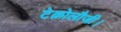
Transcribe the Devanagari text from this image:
टेक्नोलौजी।